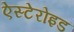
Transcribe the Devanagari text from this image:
ऐस्टेरोइड